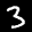
Label: 3